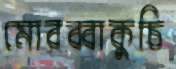
মোরব্বাকুচি